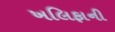
ખલિફાની